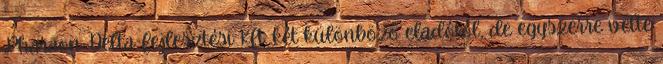
Pharaon-Delta Fejlesztési Kft. két különböző eladótól, de egyszerre vette